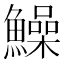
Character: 鱢